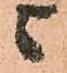
与